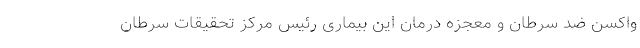
واکسن‌ ضد سرطان و معجزه درمان این بیماری رئیس مرکز تحقیقات سرطان